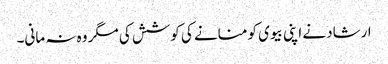
ارشاد نے اپنی بیوی کو منانے کی کوشش کی مگر وہ نہ مانی۔